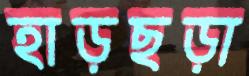
হাড়ছড়া